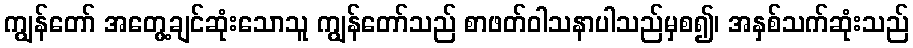
ကျွန်တော် အတွေ့ချင်ဆုံးသောသူ ကျွန်တော်သည် စာဖတ်ဝါသနာပါသည်မှစ၍၊ အနှစ်သက်ဆုံးသည်